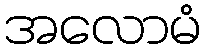
အလောမံ